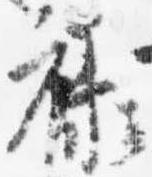
禄